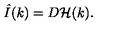
\hat { I } ( k ) = D { \cal H } ( k ) .